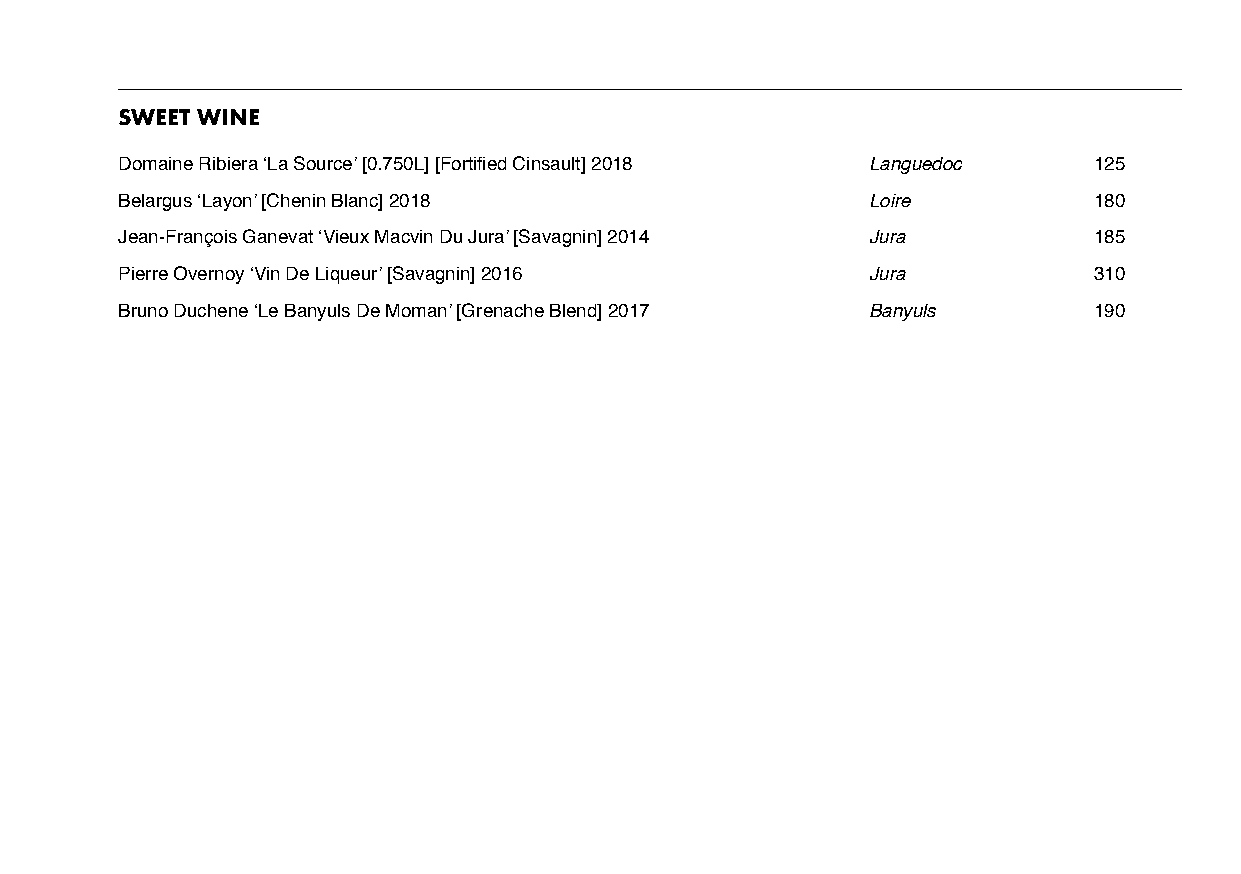
SWEET WINE
 Domaine Ribiera ‘La Source’ [0.750L] [Fortified Cinsault] 2018 Languedoc 125
 Belargus ‘Layon’ [Chenin Blanc] 2018             Loire          180
 Jean-François Ganevat ‘Vieux Macvin Du Jura’ [Savagnin] 2014 Jura 185
 Pierre Overnoy ‘Vin De Liqueur’ [Savagnin] 2016  Jura           310
 Bruno Duchene ‘Le Banyuls De Moman’ [Grenache Blend] 2017 Banyuls 190